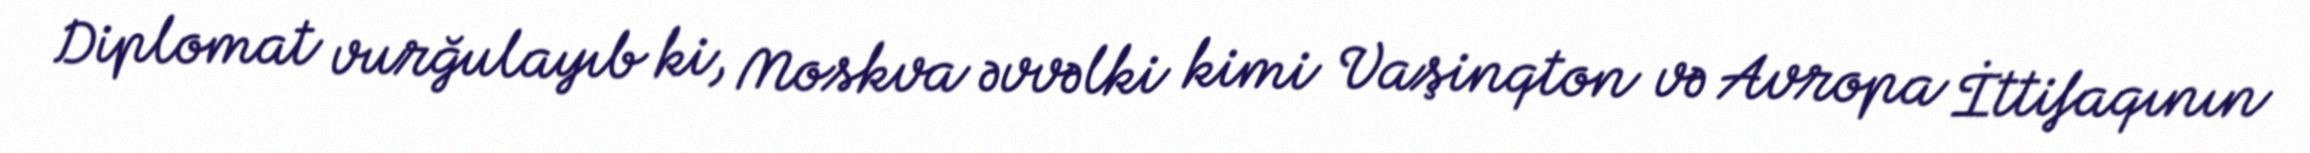
Diplomat vurğulayıb ki, Moskva əvvəlki kimi Vaşinqton və Avropa İttifaqının